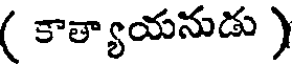
( కాత్యాయనుడు )